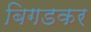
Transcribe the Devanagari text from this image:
बिगडकर